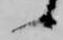
候